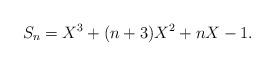
LaTeX: \begin{align*} S_n = X^3+(n+3)X^2+nX-1.\end{align*}